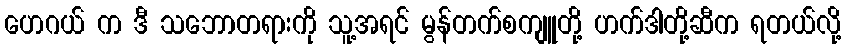
ဟေဂယ် က ဒီ သဘောတရားကို သူ့အရင် မွန်တက်စကျူတို့ ဟက်ဒါတို့ဆီက ရတယ်လို့